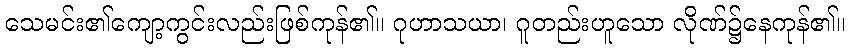
သေမင်း၏ကျော့ကွင်းလည်းဖြစ်ကုန်၏။ ဂုဟာသယာ၊ ဂူတည်းဟူသော လိုဏ်၌နေကုန်၏။